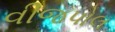
વીજપોલ